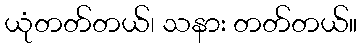
ယုံတတ်တယ်၊ သနား တတ်တယ်။